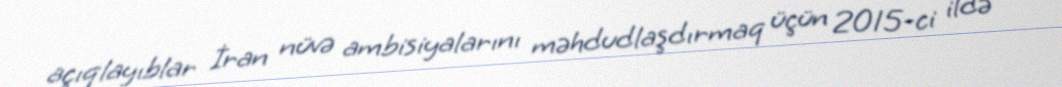
açıqlayıblar İran nüvə ambisiyalarını məhdudlaşdırmaq üçün 2015-ci ildə